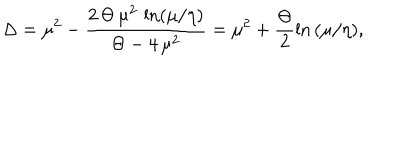
\Delta = { \mu } ^ { 2 } - \frac { 2 \, \Theta \, { \mu } ^ { 2 } \, \ln ( \mu / \eta ) } { \Theta - 4 \, { \mu } ^ { 2 } } = \mu ^ { 2 } + \frac { \Theta } { 2 } \ln { ( \mu / \eta ) } ,